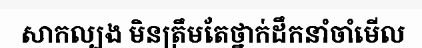
សាកល្បង មិនត្រឹមតែថ្នាក់ដឹកនាំចាំមើល